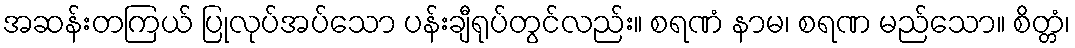
အဆန်းတကြယ် ပြုလုပ်အပ်သော ပန်းချီရုပ်တွင်လည်း။ စရဏံ နာမ၊ စရဏ မည်သော။ စိတ္တံ၊